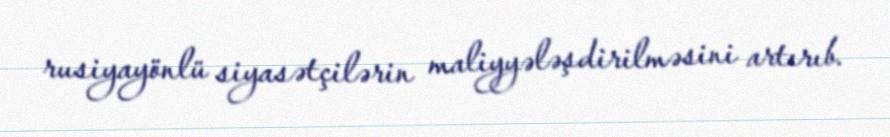
rusiyayönlü siyasətçilərin maliyyələşdirilməsini artırıb.